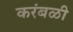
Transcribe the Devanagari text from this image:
करंबळी